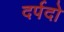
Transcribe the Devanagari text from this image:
दर्पदो